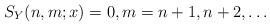
LaTeX: \begin{align*} S_Y(n,m;x)=0,m=n+1,n+2,\ldots\end{align*}